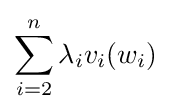
\sum _{i=2}^{n}{\lambda _{i}v_{i}(w_{i})}